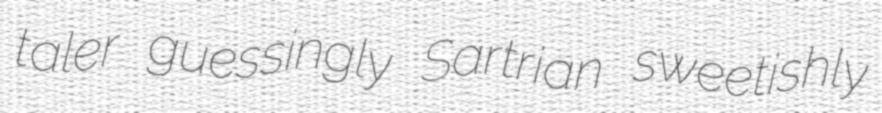
taler guessingly Sartrian sweetishly